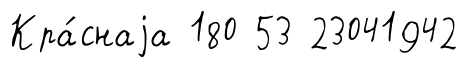
Кра́снаjа 180 53 23041942